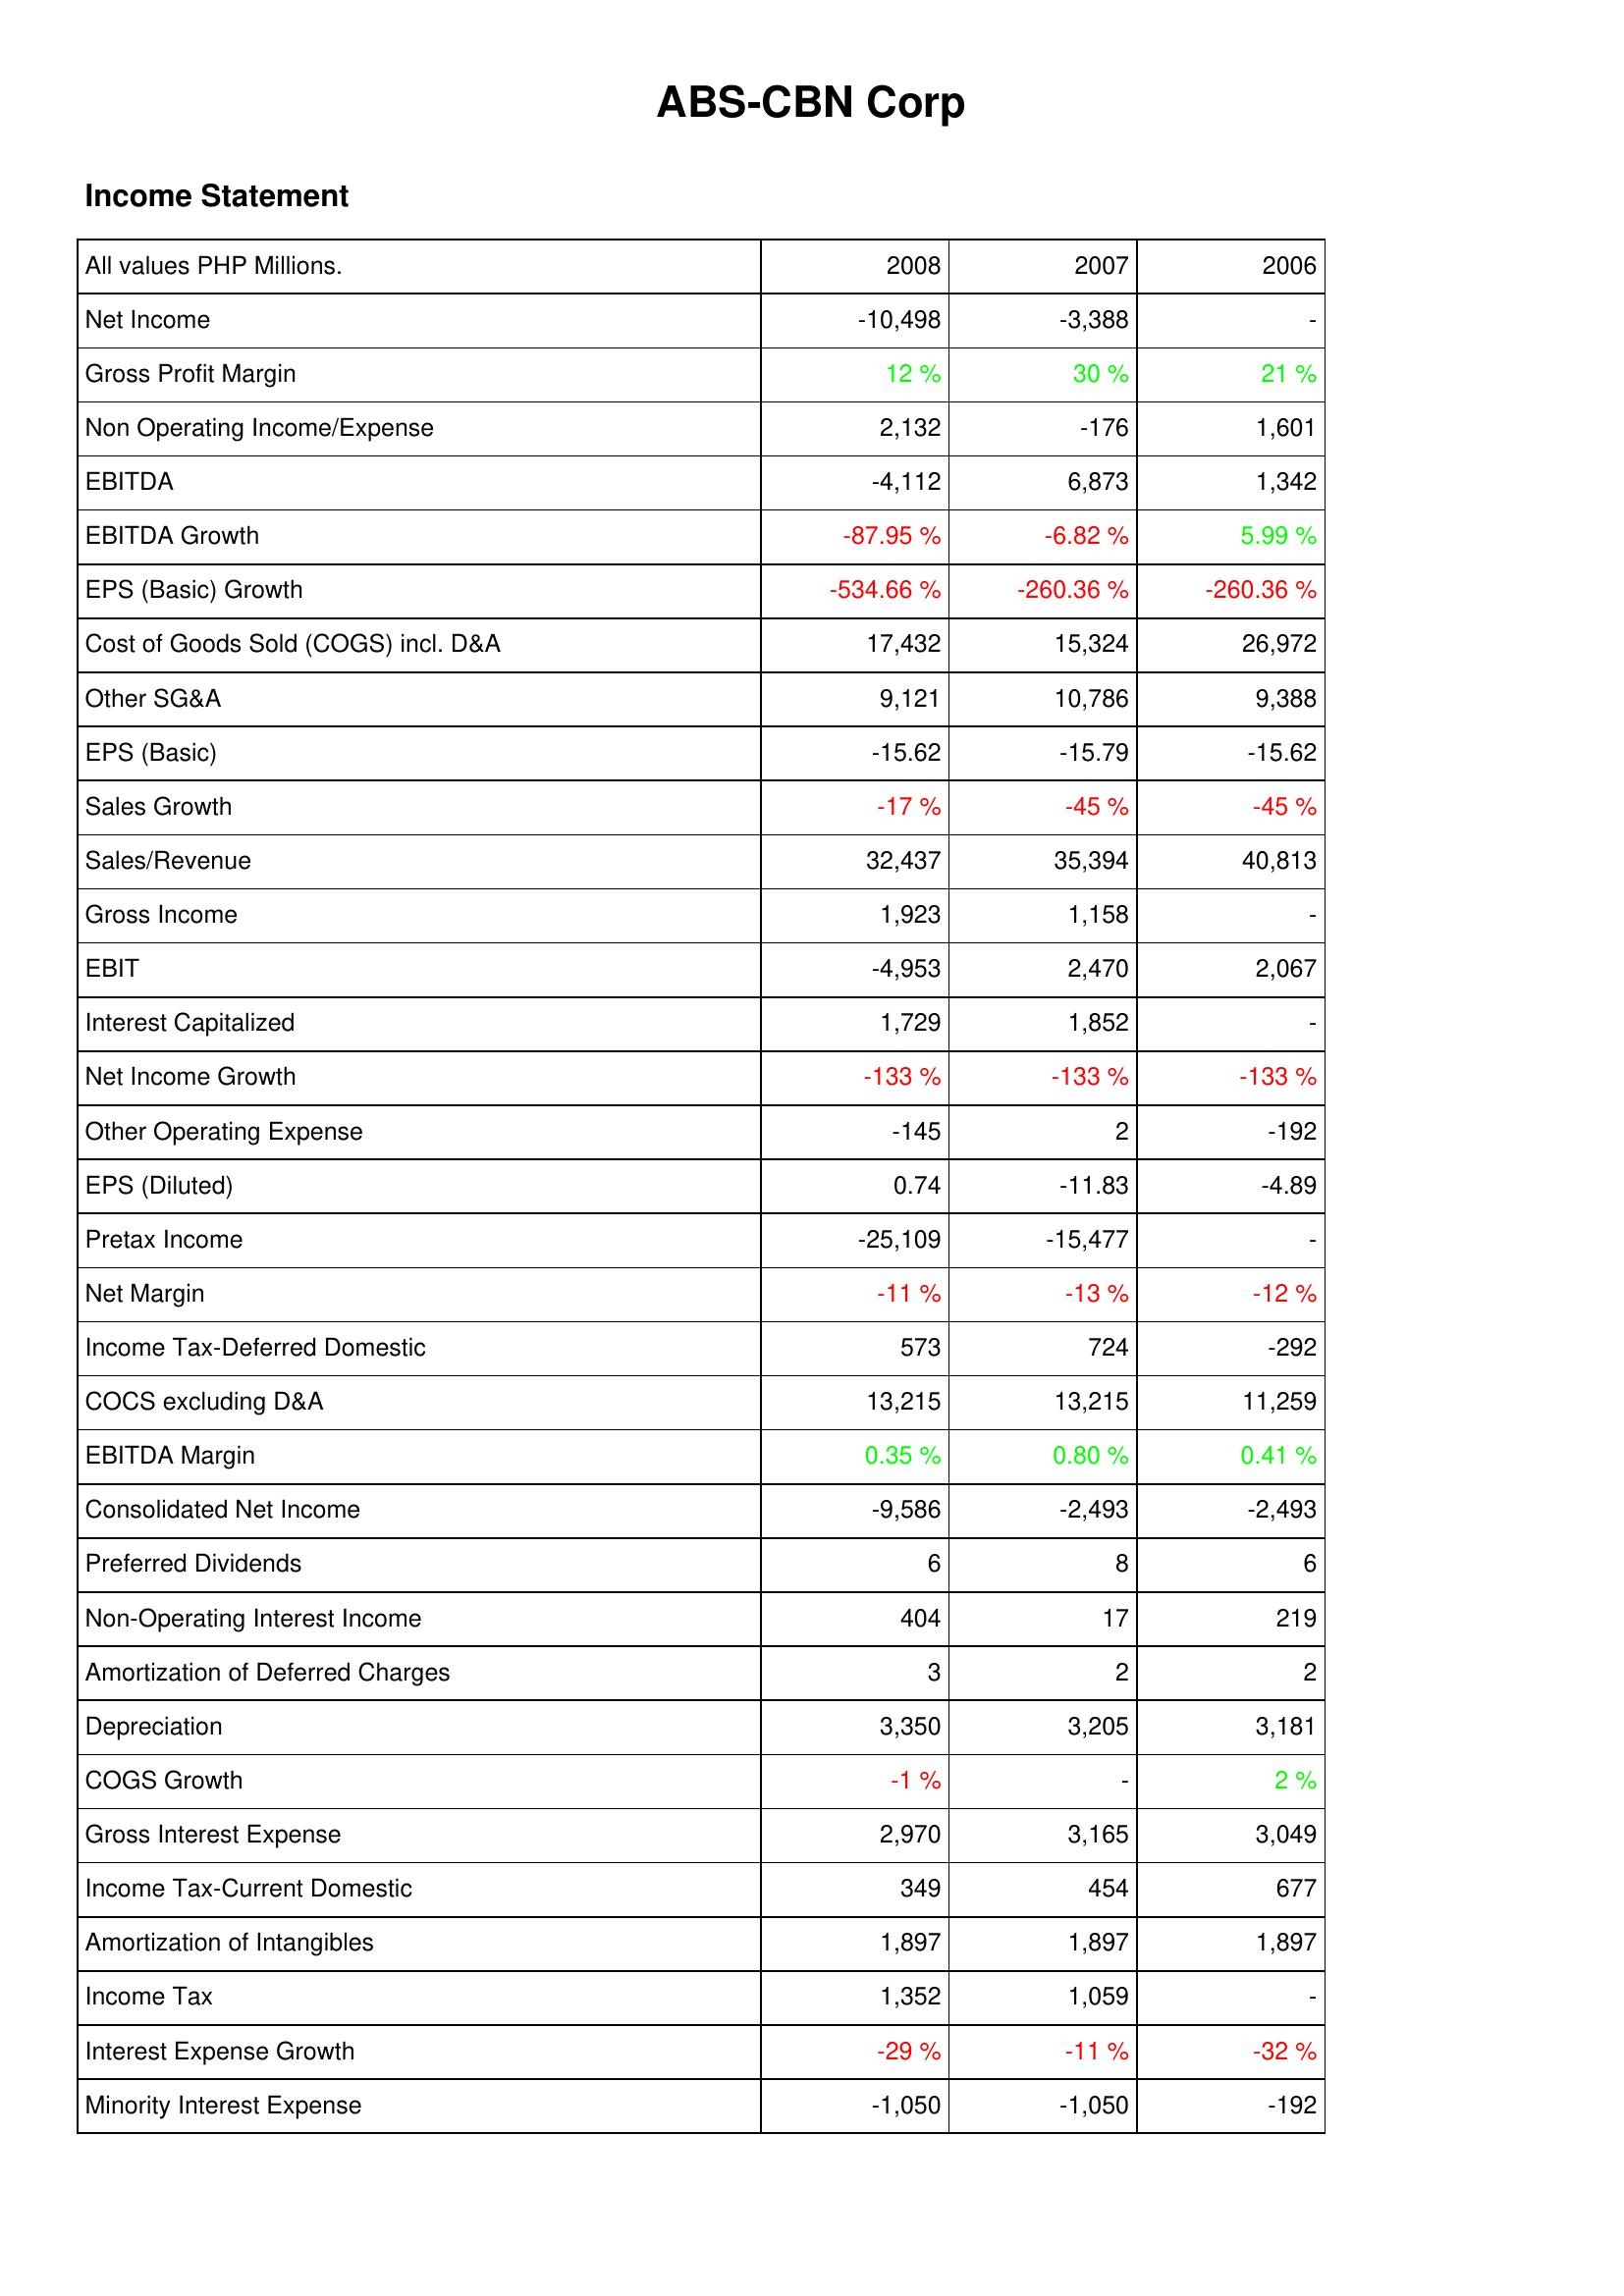
2008: Income Statement: Net Income: -10,498
Gross Profit Margin: 12 %
Non Operating Income/Expense: 2,132
EBITDA: -4,112
EBITDA Growth: -87.95 %
EPS (Basic) Growth: -534.66 %
Cost of Goods Sold (COGS) incl. D&A: 17,432
Other SG&A: 9,121
EPS (Basic): -15.62
Sales Growth: -17 %
Sales/Revenue: 32,437
Gross Income: 1,923
EBIT: -4,953
Interest Capitalized: 1,729
Net Income Growth: -133 %
Other Operating Expense: -145
EPS (Diluted): 0.74
Pretax Income: -25,109
Net Margin: -11 %
Income Tax-Deferred Domestic: 573
COCS excluding D&A: 13,215
EBITDA Margin: 0.35 %
Consolidated Net Income: -9,586
Preferred Dividends: 6
Non-Operating Interest Income: 404
Amortization of Deferred Charges: 3
Depreciation: 3,350
COGS Growth: -1 %
Gross Interest Expense: 2,970
Income Tax-Current Domestic: 349
Amortization of Intangibles: 1,897
Income Tax: 1,352
Interest Expense Growth: -29 %
Minority Interest Expense: -1,050
2007: Income Statement: Net Income: -3,388
Gross Profit Margin: 30 %
Non Operating Income/Expense: -176
EBITDA: 6,873
EBITDA Growth: -6.82 %
EPS (Basic) Growth: -260.36 %
Cost of Goods Sold (COGS) incl. D&A: 15,324
Other SG&A: 10,786
EPS (Basic): -15.79
Sales Growth: -45 %
Sales/Revenue: 35,394
Gross Income: 1,158
EBIT: 2,470
Interest Capitalized: 1,852
Net Income Growth: -133 %
Other Operating Expense: 2
EPS (Diluted): -11.83
Pretax Income: -15,477
Net Margin: -13 %
Income Tax-Deferred Domestic: 724
COCS excluding D&A: 13,215
EBITDA Margin: 0.80 %
Consolidated Net Income: -2,493
Preferred Dividends: 8
Non-Operating Interest Income: 17
Amortization of Deferred Charges: 2
Depreciation: 3,205
COGS Growth: -
Gross Interest Expense: 3,165
Income Tax-Current Domestic: 454
Amortization of Intangibles: 1,897
Income Tax: 1,059
Interest Expense Growth: -11 %
Minority Interest Expense: -1,050
2006: Income Statement: Net Income: -
Gross Profit Margin: 21 %
Non Operating Income/Expense: 1,601
EBITDA: 1,342
EBITDA Growth: 5.99 %
EPS (Basic) Growth: -260.36 %
Cost of Goods Sold (COGS) incl. D&A: 26,972
Other SG&A: 9,388
EPS (Basic): -15.62
Sales Growth: -45 %
Sales/Revenue: 40,813
Gross Income: -
EBIT: 2,067
Interest Capitalized: -
Net Income Growth: -133 %
Other Operating Expense: -192
EPS (Diluted): -4.89
Pretax Income: -
Net Margin: -12 %
Income Tax-Deferred Domestic: -292
COCS excluding D&A: 11,259
EBITDA Margin: 0.41 %
Consolidated Net Income: -2,493
Preferred Dividends: 6
Non-Operating Interest Income: 219
Amortization of Deferred Charges: 2
Depreciation: 3,181
COGS Growth: 2 %
Gross Interest Expense: 3,049
Income Tax-Current Domestic: 677
Amortization of Intangibles: 1,897
Income Tax: -
Interest Expense Growth: -32 %
Minority Interest Expense: -192